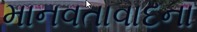
માનવતાવાદના